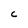
Character: C